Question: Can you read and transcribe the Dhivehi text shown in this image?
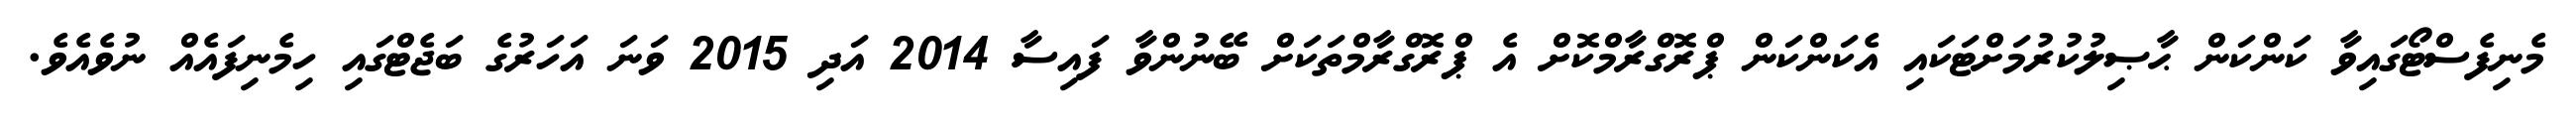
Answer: މެނިފެސްޓޯގައިވާ ކަންކަން ޙާޞިލުކުރުމަށްޓަކައި އެކަންކަން ޕްރޮގްރާމްކޮށް އެ ޕްރޮގްރާމްތަކަށް ބޭނުންވާ ފައިސާ 2014 އަދި 2015 ވަނަ އަހަރުގެ ބަޖެޓްގައި ހިމެނިފައެއް ނުވެއެވެ.